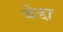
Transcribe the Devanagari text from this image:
बेडा़